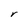
Character: r